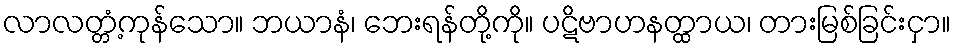
လာလတ္တံ့ကုန်သော။ ဘယာနံ၊ ဘေးရန်တို့ကို။ ပဋိဗာဟနတ္ထာယ၊ တားမြစ်ခြင်းငှာ။